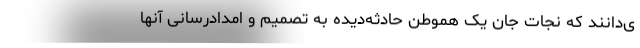
ی‌دانند که نجات جان یک هموطن حادثه‌دیده به تصمیم و امدادرسانی آنها